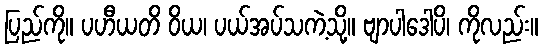
ပြည်ကို။ ပဟီယတိ ဝိယ၊ ပယ်အပ်သကဲ့သို့။ ဗျာပါဒေါပိ၊ ကိုလည်း။